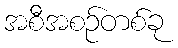
အစီအစဉ်တစ်ခု